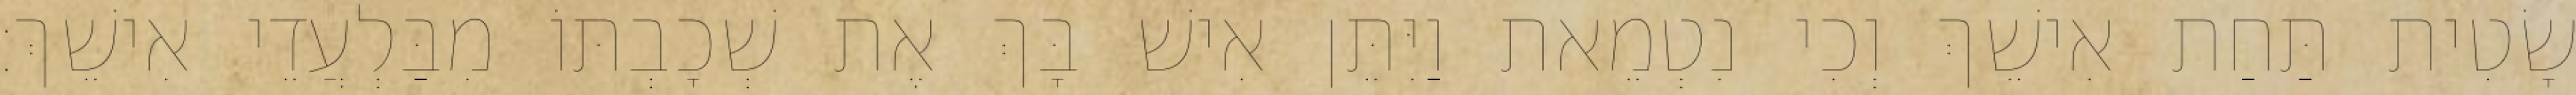
שָׂטִית תַּחַת אִישֵׁךְ וְכִי נִטְמֵאת וַיִּתֵּן אִישׁ בָּךְ אֶת שְׁכָבְתּוֹ מִבַּלְעֲדֵי אִישֵׁךְ׃